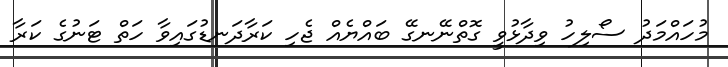
މުހައްމަދު ސޯލިހު ވިދާޅުވީ ގޮތްނޭނގޭ ބައްޔެއް ޖެހި ކަރާދަނޑުގައިވާ ހަތް ޓަނުގެ ކަރާ